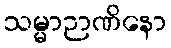
သမ္မာဉာဏိနော